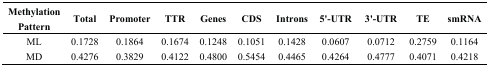
<table><thead><tr><td><b>Methylation Pattern</b></td><td><b>Total</b></td><td><b>Promoter</b></td><td><b>TTR</b></td><td><b>Genes</b></td><td><b>CDS</b></td><td><b>Introns</b></td><td><b>5&#x27;-UTR</b></td><td><b>3&#x27;-UTR</b></td><td><b>TE</b></td><td><b>smRNA</b></td></tr></thead><tbody><tr><td>ML</td><td>0.1728</td><td>0.1864</td><td>0.1674</td><td>0.1248</td><td>0.1051</td><td>0.1428</td><td>0.0607</td><td>0.0712</td><td>0.2759</td><td>0.1164</td></tr><tr><td>MD</td><td>0.4276</td><td>0.3829</td><td>0.4122</td><td>0.4800</td><td>0.5454</td><td>0.4465</td><td>0.4264</td><td>0.4777</td><td>0.4071</td><td>0.4218</td></tr></tbody></table>